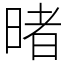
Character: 暏